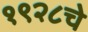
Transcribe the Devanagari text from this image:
१९२८चे